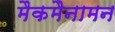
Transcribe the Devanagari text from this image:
मैकमैनामन